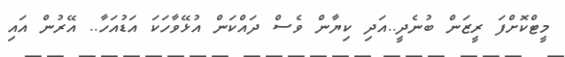
މީޓްކޮށްފަ ރީޒަން ބުނެދީ..އަދި ކިޔާން ވެސް ދައްކަން އުޅޭވާހަކަ އަޑުއަހާ.. އޭރުން އައި